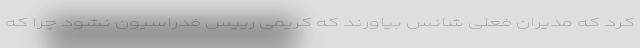
کرد که مدیران فعلی شانس بیاورند که کریمی رییس فدراسیون نشود چرا که